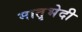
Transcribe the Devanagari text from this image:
मातृभेदी